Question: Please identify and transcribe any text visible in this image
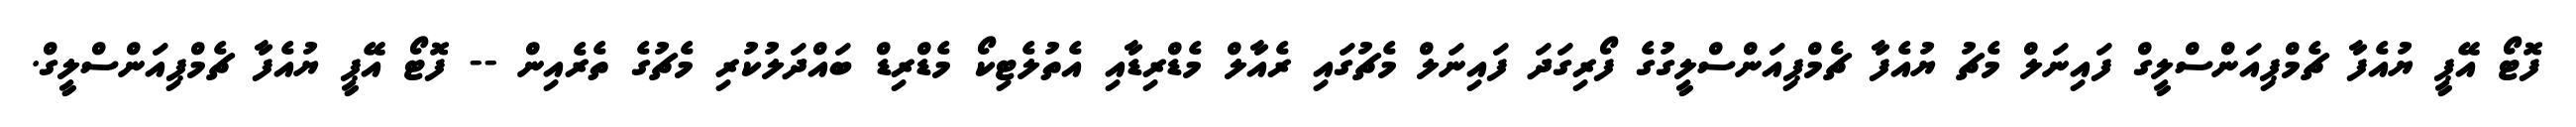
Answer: ފޮޓޯ އޭޕީ ޔުއެފާ ޗެމްޕިއަންސްލީގް ފައިނަލް މެޗު ޔުއެފާ ޗެމްޕިއަންސްލީގުގެ ފޯރިގަދަ ފައިނަލް މެޗުގައި ރެއާލް މެޑްރިޑާއި އެތުލެޓިކޯ މެޑްރިޑް ބައްދަލުކުރި މެޗުގެ ތެރެއިން -- ފޮޓޯ އޭޕީ ޔުއެފާ ޗެމްޕިއަންސްލީގް.